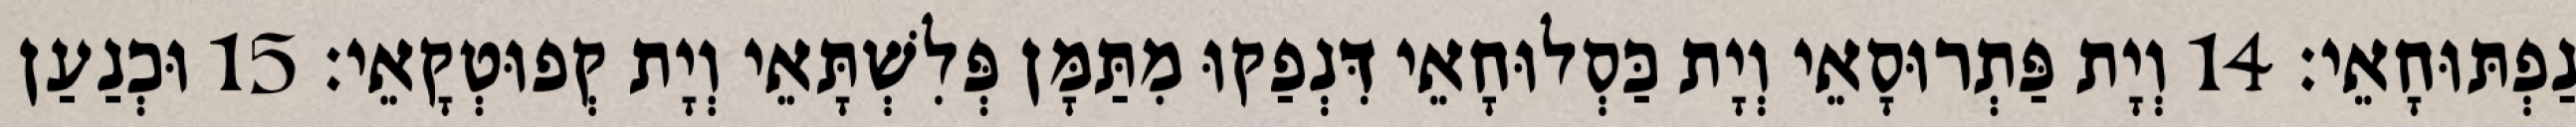
נַפְתּוּחָאֵי׃ 14 וְיָת פַּתְרוּסָאֵי וְיָת כַּסְלוּחָאֵי דִּנְפַקוּ מִתַּמָּן פְּלִשְׁתָּאֵי וְיָת קְפוּטְקָאֵי׃ 15 וּכְנַעַן